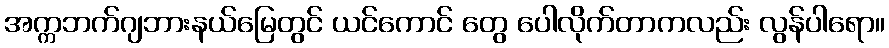
အက္ကဘက်ဂျဘားနယ်မြေတွင် ယင်ကောင် တွေ ပေါလိုက်တာကလည်း လွန်ပါရော။